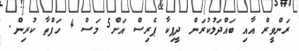
ރަންވީރް އާއި ބައްދަލުކުރަން ދީޕިކާ ޕެރިސް އަށް5 މަސް 4 ހަފްތާ ކުރިން.